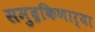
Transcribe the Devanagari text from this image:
समुद्रकिणार्या